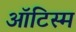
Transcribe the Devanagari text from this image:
ऑटिस्म